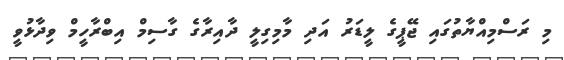
މި ރަސްމިއްޔާތުގައި ޖޭޕީގެ ލީޑަރު އަދި މާމިގިލީ ދާއިރާގެ ގާސިމް އިބްރާހީމް ވިދާޅުވީ